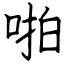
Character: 啪